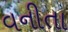
વનીતા